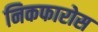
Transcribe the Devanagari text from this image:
निकफारोस